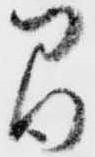
間